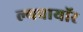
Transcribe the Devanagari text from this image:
ल्यवायॉर